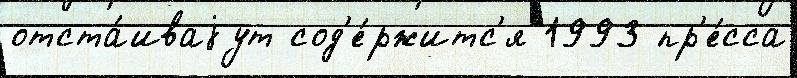
отста́иваjут сод'е́ржитс'я 1993 пр'е́сса